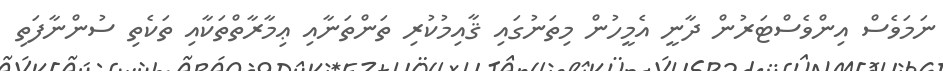
ނަމަވެސް އިންވެސްޓަރުން ދާނީ އެމީހުން މިތަނުގައި ޤާއިމުކުރި ތަންތަނާއި ޢިމާރާތްތަކާއި ތަކެތި ސުންނާފަތި